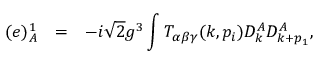
\begin{array} { r c l } { { ( e ) _ { A } ^ { 1 } } } & { { = } } & { { \displaystyle - i \sqrt { 2 } g ^ { 3 } \int T _ { \alpha \beta \gamma } ( k , p _ { i } ) D _ { k } ^ { A } D _ { k + p _ { 1 } } ^ { A } , } } \end{array}